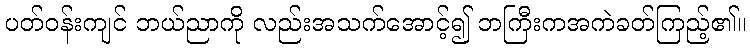
ပတ်ဝန်းကျင် ဘယ်ညာကို လည်းအသက်အောင့်၍ ဘကြီးကအကဲခတ်ကြည့်၏။